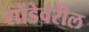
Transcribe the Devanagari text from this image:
सोंडेवरील